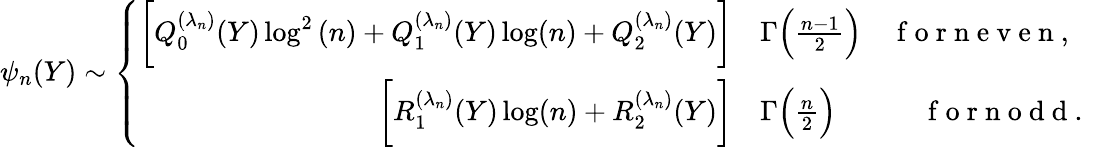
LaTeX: \psi_{n}(Y)\sim\left\{ \begin{array}{rl}{\bigg[Q_{0}^{(\lambda_{n})}(Y)\log^{2}{(n)}+Q_{1}^{(\lambda_{n})}(Y)\log(n)+Q_{2}^{(\lambda_{n})}(Y)\bigg]}&{{}\Gamma\Big(\frac{n-1}{2}\Big)\quad\mathrm{~f~o~r~n~e~v~e~n~,~}}\\ {\bigg[R_{1}^{(\lambda_{n})}(Y)\log(n)+R_{2}^{(\lambda_{n})}(Y)\bigg]}&{{}\Gamma\Big(\frac{n}{2}\Big)\quad\qquad\mathrm{~f~o~r~n~o~d~d~.~}}\end{array}\right.